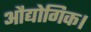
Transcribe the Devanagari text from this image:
औद्योगिक।